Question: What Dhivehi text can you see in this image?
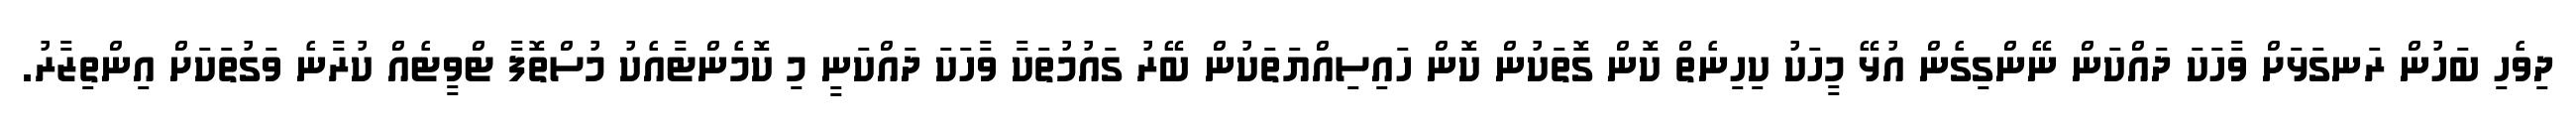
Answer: ދިވެހި ބަހުން ރަނގަޅަށް ވާހަކަ ދައްކަން ނޭންގިގެން އުޅޭ މީހަކު ކިހިނެތް ކޮން ގޮތަކުން ކޮން ހައިސިއްޔަތަކުން ބޭރު ގައުމުތަކާ ވާހަކަ ދައްކަނީ މި ކޮމެންޓާއެކު މުސްތޮފާ ޓްވީޓެއް ކުރާނެ ވަގުތަކަށް އިންތިޒާރު.